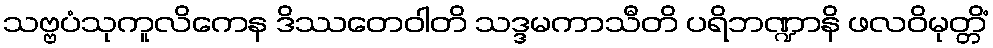
သဗ္ဗပံသုကူလိကေန ဒိဿတေဝါတိ သဒ္ဒမကာသီတိ ပရိဘဏ္ဍာနိ ဖလဝိမုတ္တိံ